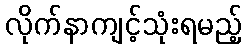
လိုက်နာကျင့်သုံးရမည့်